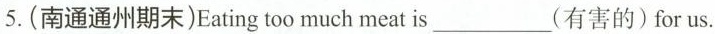
5.(南通通州期末)Eating too much meat is ___ (有害的) for us.